Vaccination in Burma 1889-1999 - 1889-1999
Year: 1889
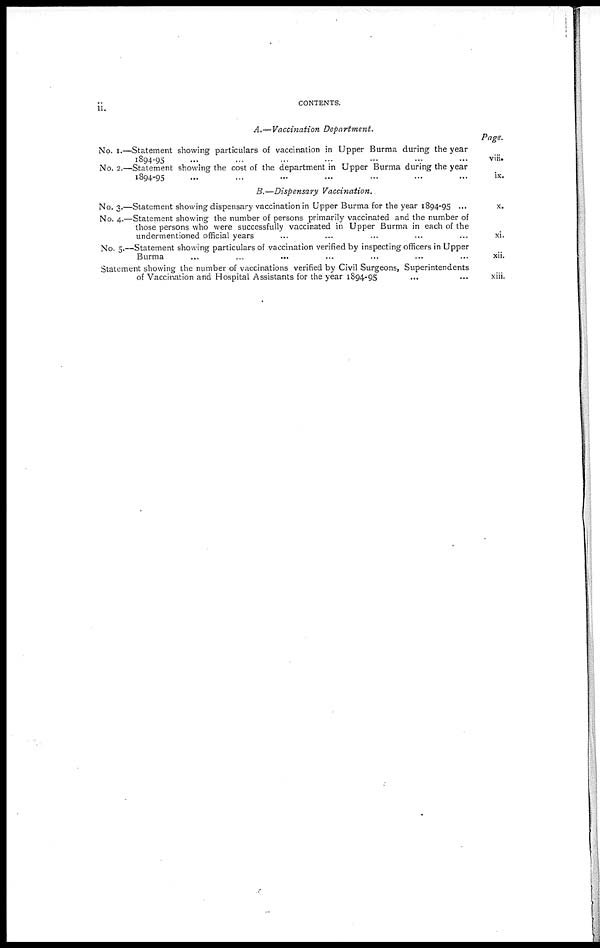
ii.
CONTENTS.
A.—Vaccination Department.
No. I.—Statement showing particulars of vaccination in Upper Burma during the year
1894-95 ... ... ... ... ... ... ...
No. 2.—Statement showing the cost of the department in Upper Burma during the year
1894-95 ... ... ... ... ... ... ...
B.—Dispensary Vaccination.
No. 3.—Statement showing dispensary vaccination in Upper Burma for the year 1894-95 ...
No. 4.—Statement showing the number of persons primarily vaccinated and the number of
those persons who were successfully vaccinated in Upper Burma in each of the
undermentioned official years ... ... ... ... ...
No. 5.—Statement showing particulars of vaccination verified by inspecting officers in Upper
Burma ... ... ... ... ... ... ...
Statement showing the number of vaccinations verified by Civil Surgeons, Superintendents
of Vaccination and Hospital Assistants for the year 1894-95 ... ...
Page.
vii.
ix.
x.
xi.
xii.
xiii.